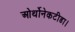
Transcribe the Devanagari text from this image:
ओर्थोनेकटीडा।